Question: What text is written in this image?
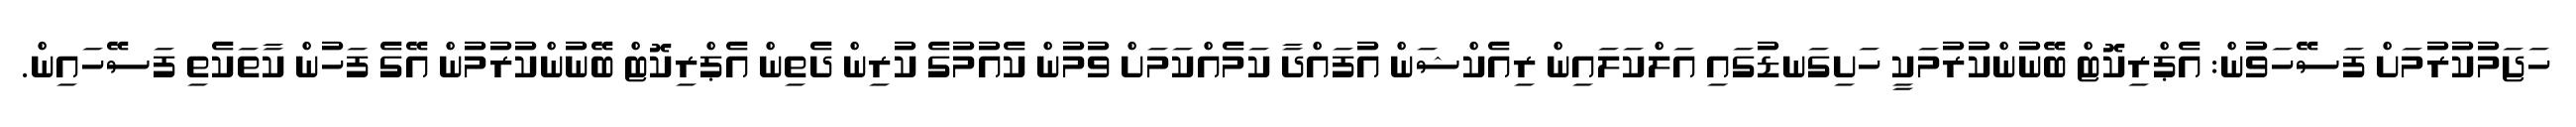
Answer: ހަޖަމުކުރުމަށް ފަސޭހަވުން: އެޕްރިކޮޓް ބޭނުންކުރުމަކީ ހަށިގަނޑުގައި އަލްކަލައިން ރިއެކްޝަން އުފައްދާ ކަމެއްކަމަށް ވުމުން ކެއުމުގެ ކުރިން ދެތިން އެޕްރިކޮޓް ބޭނުންކުރުމުން އޭގެ ފަހުން ކާތަކެތި ފަސޭހައިން.